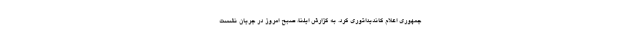
جمهوری اعلام کاندیداتوری کرد. به گزارش ایلنا، صبح امروز در جریان نشست